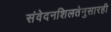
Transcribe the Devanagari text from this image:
संवेदनशिलतेनुसारही